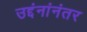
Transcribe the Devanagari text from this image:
उद्दंनांनंतर